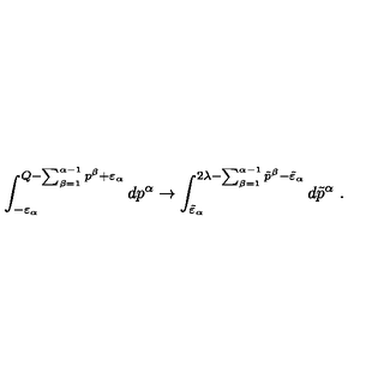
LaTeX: \int _ { - \varepsilon _ { \alpha } } ^ { Q - \sum _ { \beta = 1 } ^ { \alpha - 1 } p ^ { \beta } + \varepsilon _ { \alpha } } d p ^ { \alpha } \to \int _ { \tilde { \varepsilon } _ { \alpha } } ^ { 2 \lambda - \sum _ { \beta = 1 } ^ { \alpha - 1 } \tilde { p } ^ { \beta } - \tilde { \varepsilon } _ { \alpha } } d \tilde { p } ^ { \alpha } \ .